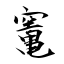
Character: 竃